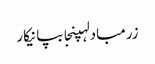
زرمبادلہپنجابپانیکار